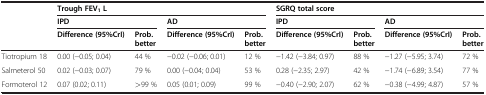
| <ROWSPAN=3>  | <COLSPAN=4> Trough FEV1L | <COLSPAN=4> SGRQ total score |
 | <COLSPAN=2> IPD | <COLSPAN=2> AD | <COLSPAN=2> IPD | <COLSPAN=2> AD |
 | Difference (95%CrI) | Prob. better | Difference (95%CrI) | Prob. better | Difference (95%CrI) | Prob. better | Difference (95%CrI) | Prob. better |
 | --- | --- | --- | --- | --- | --- | --- | --- | --- |
 | Tiotropium 18 | 0.00 (−0.05; 0.04) | 44 % | −0.02 (−0.06; 0.01) | 12 % | −1.42 (−3.84; 0.97) | 88 % | −1.27 (−5.95; 3.74) | 72 % |
 | Salmeterol 50 | 0.02 (−0.03; 0.07) | 79 % | 0.00 (−0.04; 0.04) | 53 % | 0.28 (−2.35; 2.97) | 42 % | −1.74 (−6.89; 3.54) | 77 % |
 | Formoterol 12 | 0.07 (0.02; 0.11) | >99 % | 0.05 (0.01; 0.09) | 99 % | −0.40 (−2.90; 2.07) | 62 % | −0.38 (−4.99; 4.87) | 57 % |